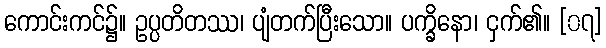
ကောင်းကင်၌။ ဥပ္ပတိတဿ၊ ပျံတက်ပြီးသော။ ပက္ခိနော၊ ငှက်၏။ [၀၇]